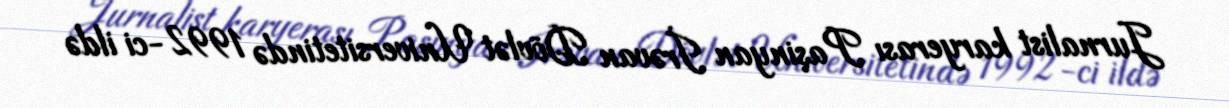
Jurnalist karyerası Paşinyan İrəvan Dövlət Universitetində 1992-ci ildə